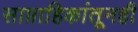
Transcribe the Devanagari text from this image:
साप्ताहिकांतूनही